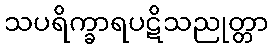
သပရိက္ခာရပဋိသညုတ္တာ